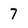
Character: 7